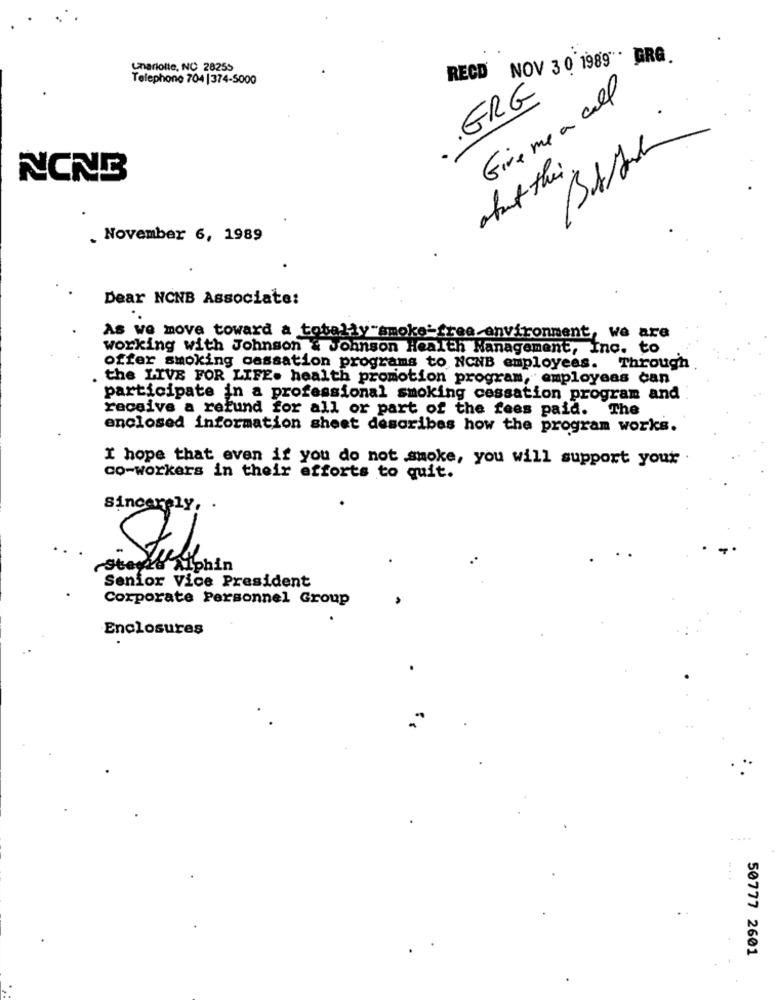
RECD NOV 3 0 1989 . GRG.
Charlotte, NC 28255
Telephone 704 |374-5000
Give me a call
.ERG
NONB
about their
. November 6, 1989
Dear NCNB Associate:
As we move toward a totally smoke-free environment, we are
working with Johnson & Johnson Health Management, Inc. to
offer smoking cessation programs to NCNB employees. Through
the LIVE FOR LIFE. health promotion program, employees can
participate in a professional smoking cessation program and
receive a refund for all or part of the fees paid.
The
enclosed information sheet describes how the program works.
I hope that even if you do not smoke, you will support your .
co-workers in their efforts to quit.
Sincerely,
Stayze iten
Studie.
Senior Vice President
Corporate Personnel Group
Enclosures
50777 2601